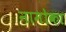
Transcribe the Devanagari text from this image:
नामोका